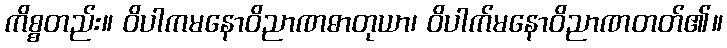
ကိစ္စတည်း။ ဝိပါကမနောဝိညာဏဓာတုယာ၊ ဝိပါက်မနောဝိညာဏတတ်၏။